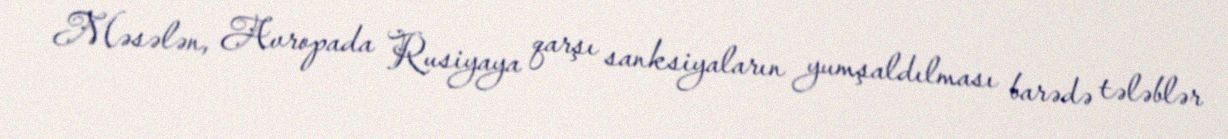
Məsələn, Avropada Rusiyaya qarşı sanksiyaların yumşaldılması barədə tələblər